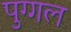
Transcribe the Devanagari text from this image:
पुग्गल